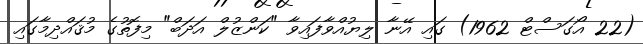
(22 އޯގަސްޓް 1962) ގައި އޭނާ ލިޔުއްވާފައިވާ "ކަންޒުލް އަދަބް" މިފޮތުގެ މުޤައްދިމާގައި